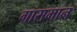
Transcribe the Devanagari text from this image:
गासमान